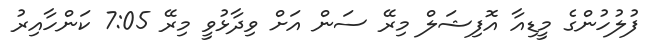
ފުލުހުންގެ މީޑިއާ އޮފިޝަލް މިރޭ ސަން އަށް ވިދާޅުވީ މިރޭ 7:05 ކަންހާއިރު